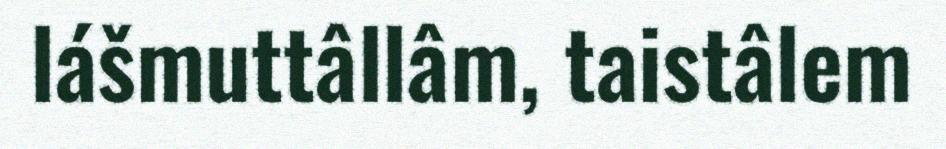
lášmuttâllâm, taistâlem